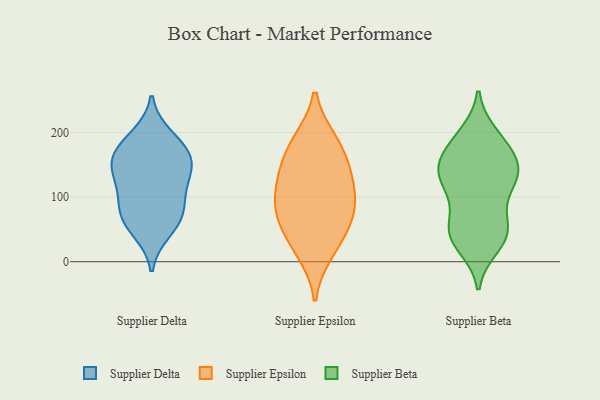
{"axis": {"x": "Backlog", "y": "Value"}, "legend": ["Supplier Beta", "Supplier Delta", "Supplier Epsilon"], "data": [{"x": "", "y": 177, "type": "Supplier Delta"}, {"x": "", "y": 69, "type": "Supplier Delta"}, {"x": "", "y": 48, "type": "Supplier Delta"}, {"x": "", "y": 123, "type": "Supplier Delta"}, {"x": "", "y": 142, "type": "Supplier Delta"}, {"x": "", "y": 107, "type": "Supplier Delta"}, {"x": "", "y": 82, "type": "Supplier Delta"}, {"x": "", "y": 68, "type": "Supplier Delta"}, {"x": "", "y": 194, "type": "Supplier Delta"}, {"x": "", "y": 152, "type": "Supplier Delta"}, {"x": "", "y": 151, "type": "Supplier Delta"}, {"x": "", "y": 172, "type": "Supplier Delta"}, {"x": "", "y": 72, "type": "Supplier Epsilon"}, {"x": "", "y": 119, "type": "Supplier Epsilon"}, {"x": "", "y": 140, "type": "Supplier Epsilon"}, {"x": "", "y": 184, "type": "Supplier Epsilon"}, {"x": "", "y": 83, "type": "Supplier Epsilon"}, {"x": "", "y": 66, "type": "Supplier Epsilon"}, {"x": "", "y": 101, "type": "Supplier Epsilon"}, {"x": "", "y": 187, "type": "Supplier Epsilon"}, {"x": "", "y": 148, "type": "Supplier Epsilon"}, {"x": "", "y": 15, "type": "Supplier Epsilon"}, {"x": "", "y": 33, "type": "Supplier Epsilon"}, {"x": "", "y": 59, "type": "Supplier Beta"}, {"x": "", "y": 167, "type": "Supplier Beta"}, {"x": "", "y": 49, "type": "Supplier Beta"}, {"x": "", "y": 52, "type": "Supplier Beta"}, {"x": "", "y": 103, "type": "Supplier Beta"}, {"x": "", "y": 132, "type": "Supplier Beta"}, {"x": "", "y": 24, "type": "Supplier Beta"}, {"x": "", "y": 117, "type": "Supplier Beta"}, {"x": "", "y": 53, "type": "Supplier Beta"}, {"x": "", "y": 197, "type": "Supplier Beta"}, {"x": "", "y": 142, "type": "Supplier Beta"}, {"x": "", "y": 180, "type": "Supplier Beta"}, {"x": "", "y": 132, "type": "Supplier Beta"}, {"x": "", "y": 142, "type": "Supplier Beta"}, {"x": "", "y": 40, "type": "Supplier Beta"}, {"x": "", "y": 118, "type": "Supplier Beta"}, {"x": "", "y": 29, "type": "Supplier Beta"}, {"x": "", "y": 195, "type": "Supplier Beta"}, {"x": "", "y": 151, "type": "Supplier Beta"}, {"x": "", "y": 161, "type": "Supplier Beta"}]}